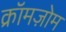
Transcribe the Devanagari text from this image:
क्रॉमज़ोम